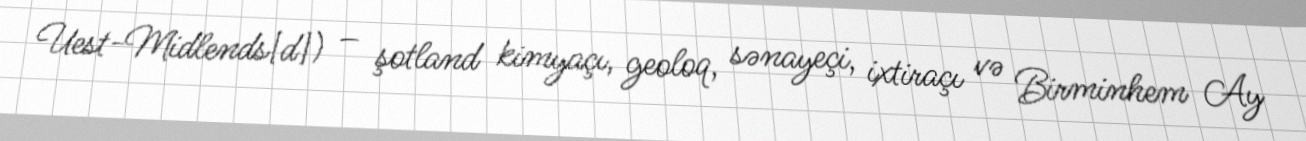
Uest-Midlends[d]) – şotland kimyaçı, geoloq, sənayeçi, ixtiraçı və Birminhem Ay